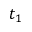
t _ { 1 }